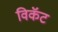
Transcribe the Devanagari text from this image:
विकॅट